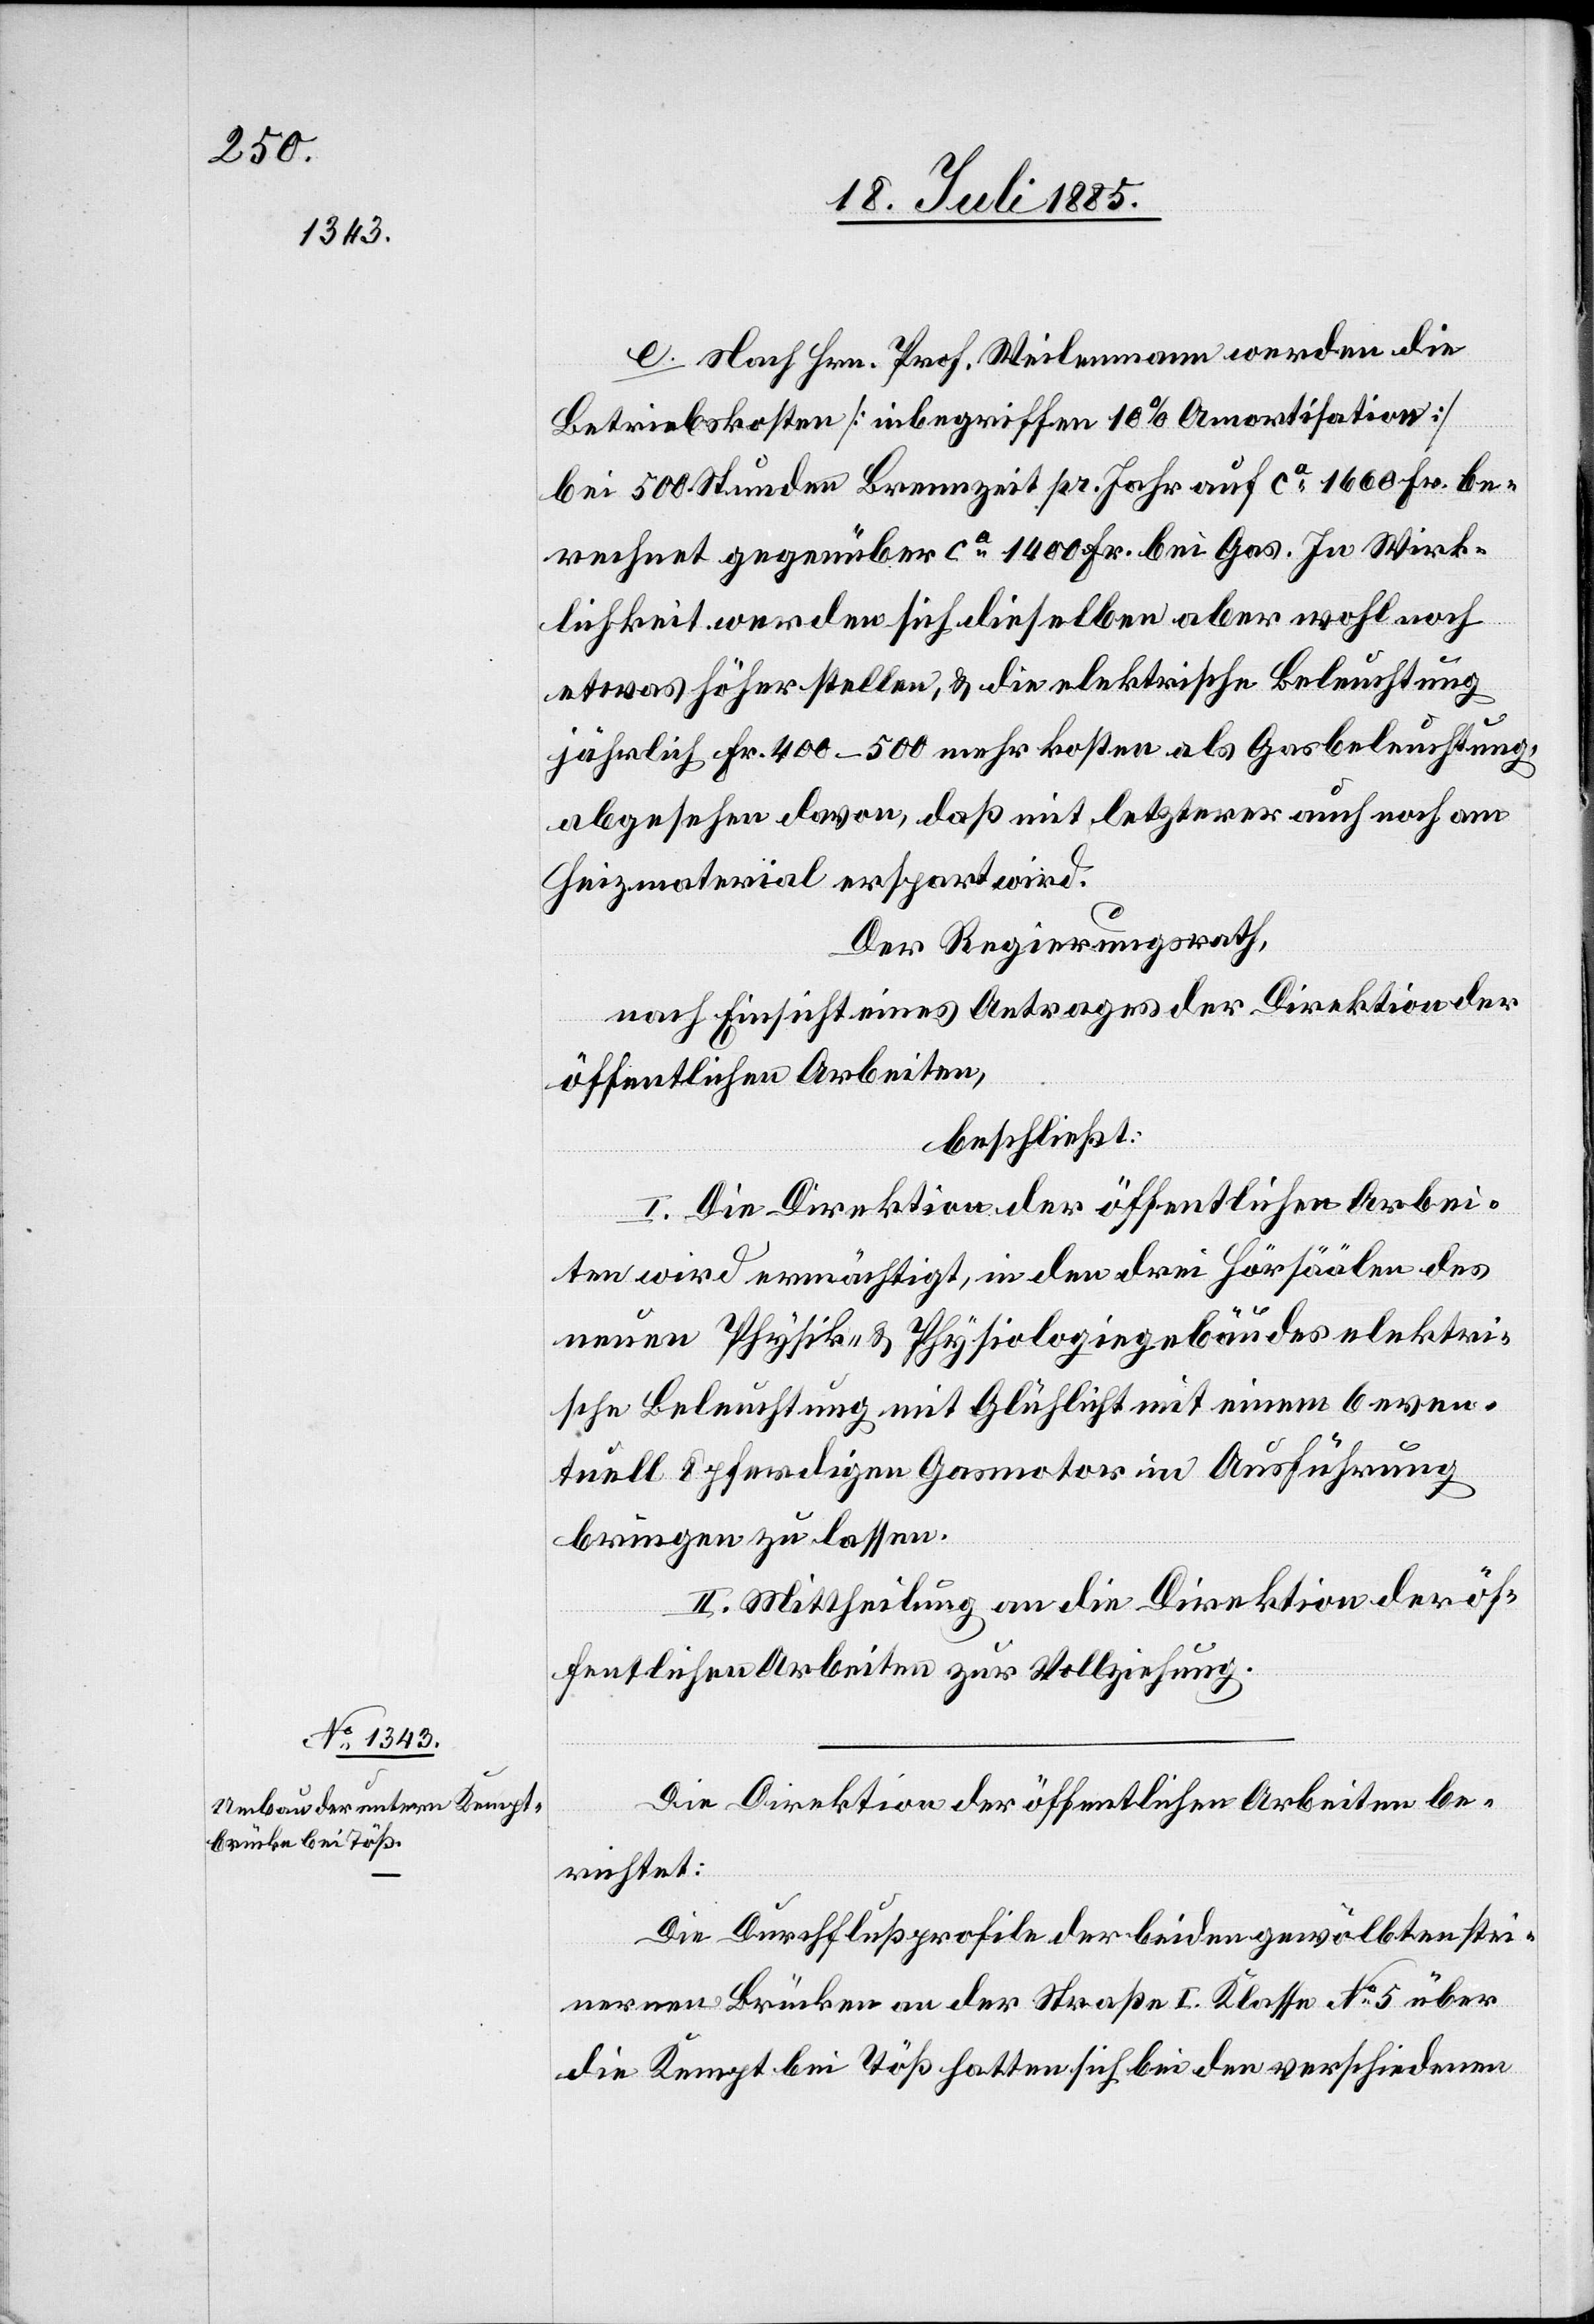
e. Nach Hrn. Prof. Weilenmann werden die
Betriebskosten [inbegriffen 10% Amortisation]
bei 500 Stunden Brennzeit pr. Jahr auf ca 1600 Fr. be¬
rechnet gegenüber ca 1400 Fr. bei Gas. In Wirk¬
lichkeit werden sich dieselben aber wohl noch
etwas höher stellen, & die elektrische Beleuchtung
jährlich Fr. 400–500 mehr kosten als Gasbeleuchtung,
abgesehen davon, daß mit letzterer auch noch am
Heizmaterial erspart wird.
Der Regierungsrath,
nach Einsicht eines Antrages der Direktion der
öffentlichen Arbeiten,
beschließt:
I. Die Direktion der öffentlichen Arbei¬
ten wird ermächtigt, in den drei Hörsäälen des
neuen Physik- & Physiologiegebäudes elektri¬
sche Beleuchtung mit Glühlicht mit einem 6 even¬
tuell 8pferdigen Gasmotor in Ausführung
bringen zu lassen.
II. Mittheilung an die Direktion der öf¬
fentlichen Arbeiten zur Vollziehung.
Die Direktion der öffentlichen Arbeiten be¬
richtet:
Die Durchflußprofile der beiden gewölbten stei¬
nernen Brücken an der Straße I. Klasse No 5 über
die Kempt bei Töß hatten sich bei den verschiedenen